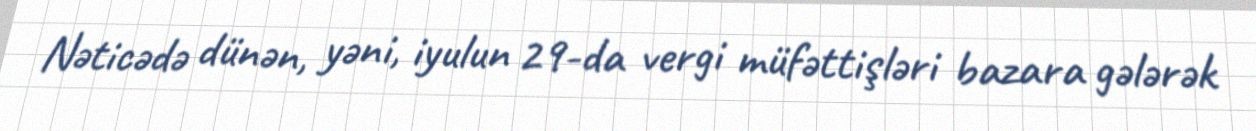
Nəticədə dünən, yəni, iyulun 29-da vergi müfəttişləri bazara gələrək